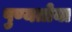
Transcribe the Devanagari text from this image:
पुण्यतोया